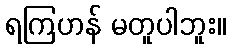
ရကြဟန် မတူပါဘူး။